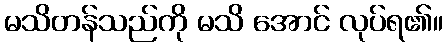
မသိတန်သည်ကို မသိ အောင် လုပ်ရ၏။